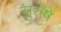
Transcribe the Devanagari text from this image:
सुरोषे